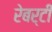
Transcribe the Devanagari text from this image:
रेबर्टी